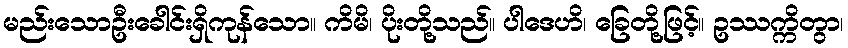
မည်းသောဦးခေါင်းရှိကုန်သော။ ကိမိ၊ ပိုးတို့သည်။ ပါဒေဟိ၊ ခြေတို့ဖြင့်။ ဥဿက္ကိတွာ၊